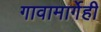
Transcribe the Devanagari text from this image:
गावामार्गेही